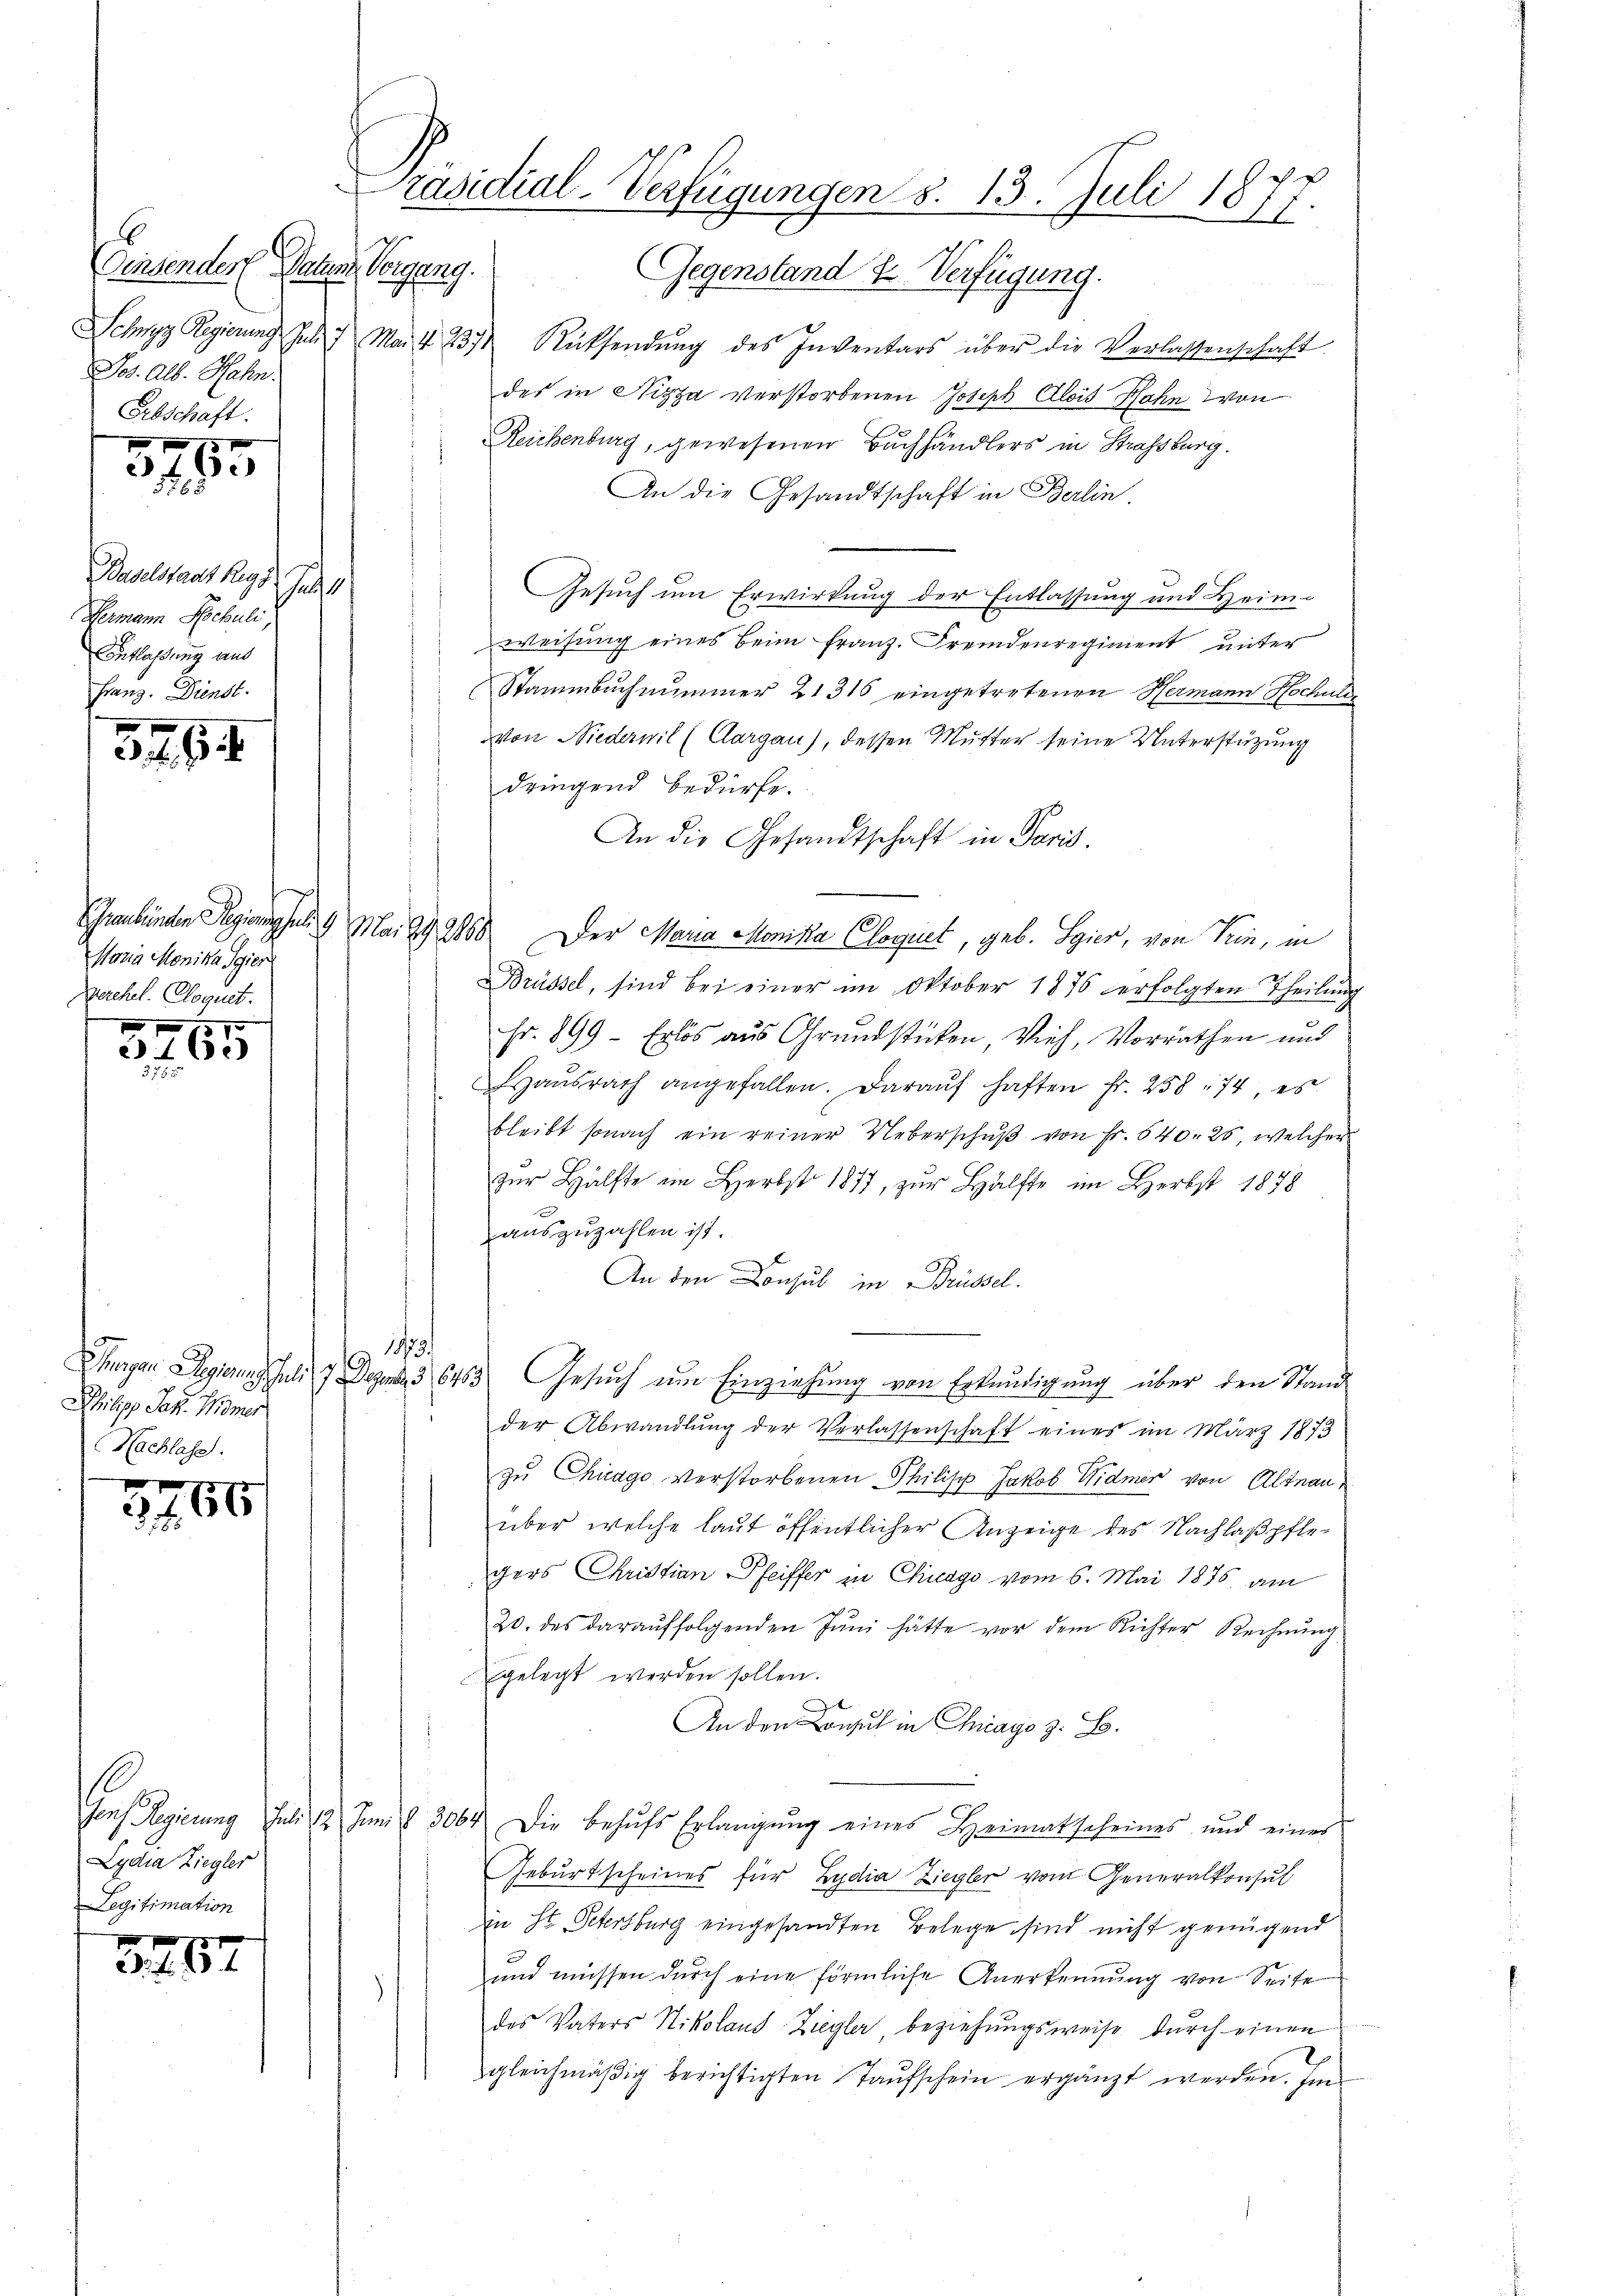
Dinsendes Datum Vergang.
Jos. Alb. Hahn.
Erbschaft.

1 x
3 f 30

Baselstadt Reg
stol
Hermann Schuli,
Entlassung aus
Franz. Dienst.

346

Maria Monika Sgier
Verehel. Clequet.

I

461

Philipp Jak. Miner
Nachlass.

f x
34. 66

10
Lydia Ziegler
Legitimation

48
2 f 24

Präsidial-Verfügungen d. 13. Juli 1877.

Gegenstand u. Verfügung.
Schwyz Regierung Jul. 7. Mai 18374 Rücksendŭng des Inventars über die Verlassenschaft
des in Nizza verstorbenen Joseph Alois Hahn von
Reichenburg, gewesenen Buchhändlers in Strassburg.
An die Gesandtschaft in Berlin.
Gesuch um Erwirkung der Entlassung und Heimweisung eines beim Franz. Fremdenregiment unter
Stammbuch nimmer 21316 eingetretenen Hermann Hochuld
von Niedernil (Clargau), dessen Mutter seine Unterstützung
dringend bedürfe.
An die Gesandtschaft in Paris.
Graubünden Regieng 9 Mai 192150. Der Maria Monika Cloguet, geb. Hier, von Krin, in
Brüssel, sind bei einer im Oktober 1876 erfolgten Theilung
Fr. 899 - Erlös aus Grundstücken, Vieh, Vorräthen und
Haŭsrath angefallen. Daraŭf haften Fr. 258, 74, es
bleibt sonach ein reiner Ueberschŭβ von Fr. 640. 26, welcher
zŭr Hälfte im Herbst 1877, zŭr Hälfte im Herbst 1878
auszuzahlen ist.
An den Consul in Brüssel.
1873.
Thagen Regieren Juli 19 Dez. 36453 Gesuch um Einziehung von Erkundigung über den Stand
der Abwandlung der Verlassenschaft eines im März 1873
zu Chicago verstorbenen Philisch Jakob Widmer von Altnau,
über welche laut öffentlicher Anzeige des Nachlaßpflegers Christian Pfeiffer in Chicago vom 6. Mai 1876 am
20. des darauffolgenden Juni hätte vor dem Richter Rechnung
gelegt werden sollen.
An den Consul in Chicago z. B.
Genf Regierung Juli 12 Juni l. 3064 Die behŭfs Erlangung eines Heimatscheines und einer
Geburtscheines für Lydia Ziegler vom Generalkonsul
in St. Petersburg eingesandten Belege sind nicht genügend
und müssen durch eine förmliche Anerkennung von Seite
des Vaters Nikolaus-Ziegler, beziehungsweise durch einen
gleichmäßig berichtigten Taufschein ergänzt werden. Ei